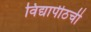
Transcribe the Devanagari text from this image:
विद्यापीठची